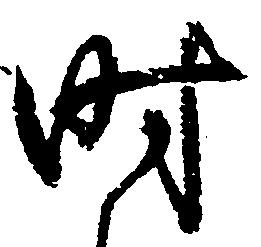
時